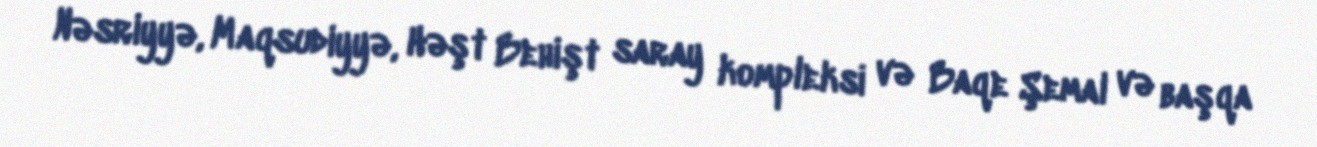
Nəsriyyə, Maqsudiyyə, Həşt Behişt saray kompleksi və Baqe Şemal və başqa